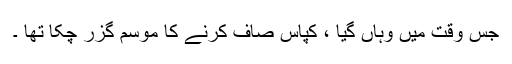
جس وقت میں وہاں گیا ، کپاس صاف کرنے کا موسم گزر چکا تھا ۔